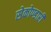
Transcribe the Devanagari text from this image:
सेकोण्डारी